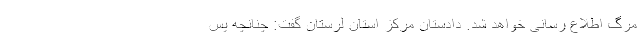
مرگ اطلاع رسانی خواهد شد. دادستان مرکز استان لرستان گفت: چنانچه پس